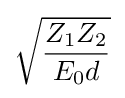
{\sqrt {\frac {Z_{1}Z_{2}}{E_{0}d}}}